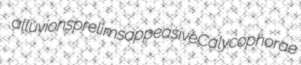
alluvions prelims appeasive Calycophorae